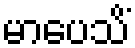
မာပေသိံ